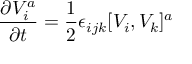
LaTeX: { \frac { \partial V _ { i } ^ { a } } { \partial t } } = { \frac { 1 } { 2 } } \epsilon _ { i j k } [ V _ { i } , V _ { k } ] ^ { a }